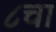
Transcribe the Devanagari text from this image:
८चा